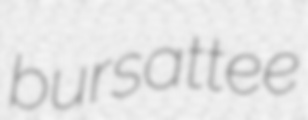
bursattee